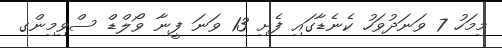
މިމަހު 7 ވަނަދުވަހު ކެނެޑާގައި ފެށި 13 ވަނަ ފީނާ ވޯލްޑް ސްވިމިންގ